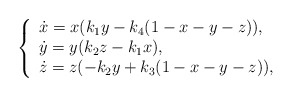
\begin{align*}\left\{\begin{array}{l}\dot{x}=x(k_1 y -k_4 (1-x-y-z)),\\\dot{y}=y(k_2 z - k_1 x),\\\dot{z}=z(-k_2 y + k_3 (1-x-y-z)),\end{array}\right.\end{align*}